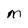
Character: M